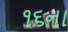
૧૬ના